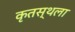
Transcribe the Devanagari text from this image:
कृतस्थला